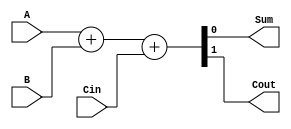
`timescale 1ns / 1ps

/*******************************************************************
*
* Module: FullAdder.v
* Project: CSCE3301_PROJECT1
          Mohamed Noureldin - mohamed-sherif@aucegypt.edu
* Description: a full adder module, adds two single bit wires together
*
* Change history: 09/04/2023 - adapted from lab tasks, no further changes
* 
*
**********************************************************************/


module FullAdder(input A, B, Cin, output Sum, Cout);
    assign {Cout,Sum} = A + B + Cin;
endmodule